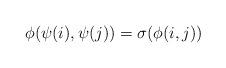
LaTeX: \begin{align*}\phi(\psi(i),\psi(j))=\sigma (\phi(i,j))\end{align*}